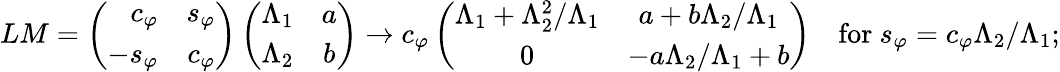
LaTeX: LM=\left(\begin{array}{rr}{{c_{\varphi}}}&{{s_{\varphi}}}\\ {{-s_{\varphi}}}&{{c_{\varphi}}}\end{array}\right)\left(\begin{array}{cc}{{\Lambda_{1}}}&{{a}}\\ {{\Lambda_{2}}}&{{b}}\end{array}\right)\rightarrow c_{\varphi}\left(\begin{array}{cc}{{\Lambda_{1}+\Lambda_{2}^{2}/\Lambda_{1}}}&{{a+b\Lambda_{2}/\Lambda_{1}}}\\ {{0}}&{{-a\Lambda_{2}/\Lambda_{1}+b}}\end{array}\right)\quad\mathrm{for}\ s_{\varphi}=c_{\varphi}\Lambda_{2}/\Lambda_{1};